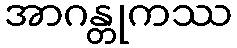
အာဂန္တုကဿ